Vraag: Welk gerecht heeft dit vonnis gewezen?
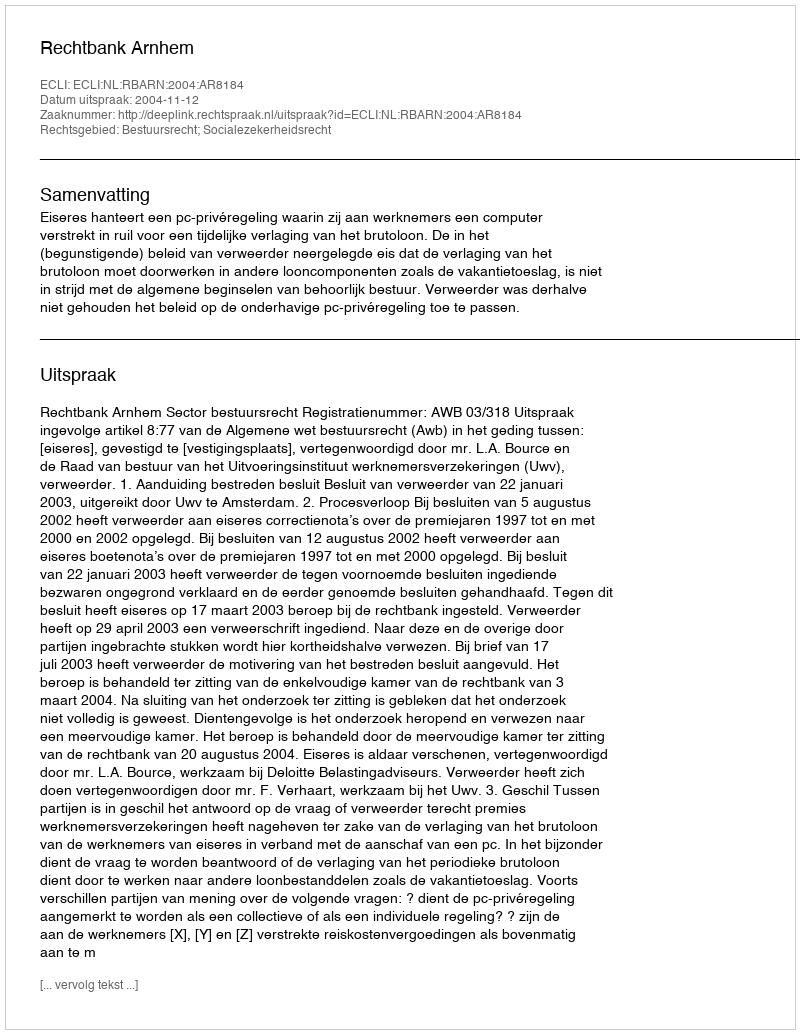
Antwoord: Rechtbank Arnhem